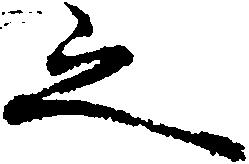
之